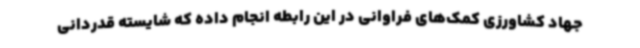
جهاد کشاورزی کمک‌های فراوانی در این رابطه انجام داده که شایسته قدردانی